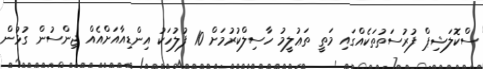
ސްކޮލަޝިޕް ފުރުސަތުތަކެއްގައި މަތީ ތަޢުލީމު ހާސިލްކުރުމަށް 10 ފުލުހަކު އިންޑިއާއަށްއެއް ޖިންސުން ގުޅުން